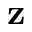
\mathbf { z }